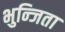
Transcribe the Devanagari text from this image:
भुन्जिता